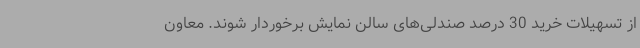
از تسهیلات خرید 30 درصد صندلی‌های سالن نمایش برخوردار شوند. معاون